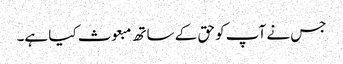
جس نے آپ کو حق کے ساتھ مبعوث کیا ہے۔